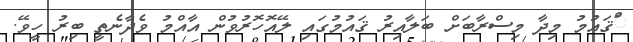
ަްޤައުމު މިދާ މިސްރާބަށް ބަލާއިރު ޤައުމުގައި ލޭއޮހޮރުވުން އާއްމު ވެދާނެތީ ބިރު ހީވޭ.